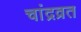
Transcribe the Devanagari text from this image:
चांद्रव्रत